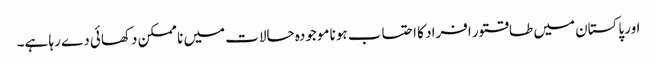
اور پاکستان میں طاقتور افراد کا احتساب ہونا موجودہ حالات میں نا ممکن دکھائی دے رہا ہے۔